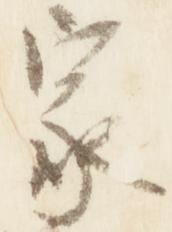
家